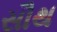
સૌથ